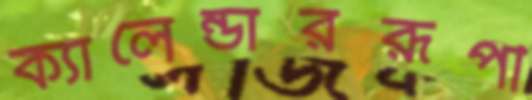
ক্যালেন্ডাররূপী